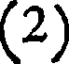
(2)